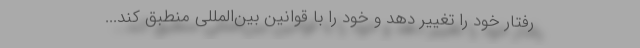
رفتار خود را تغییر دهد و خود را با قوانین بین‌المللی منطبق کند...